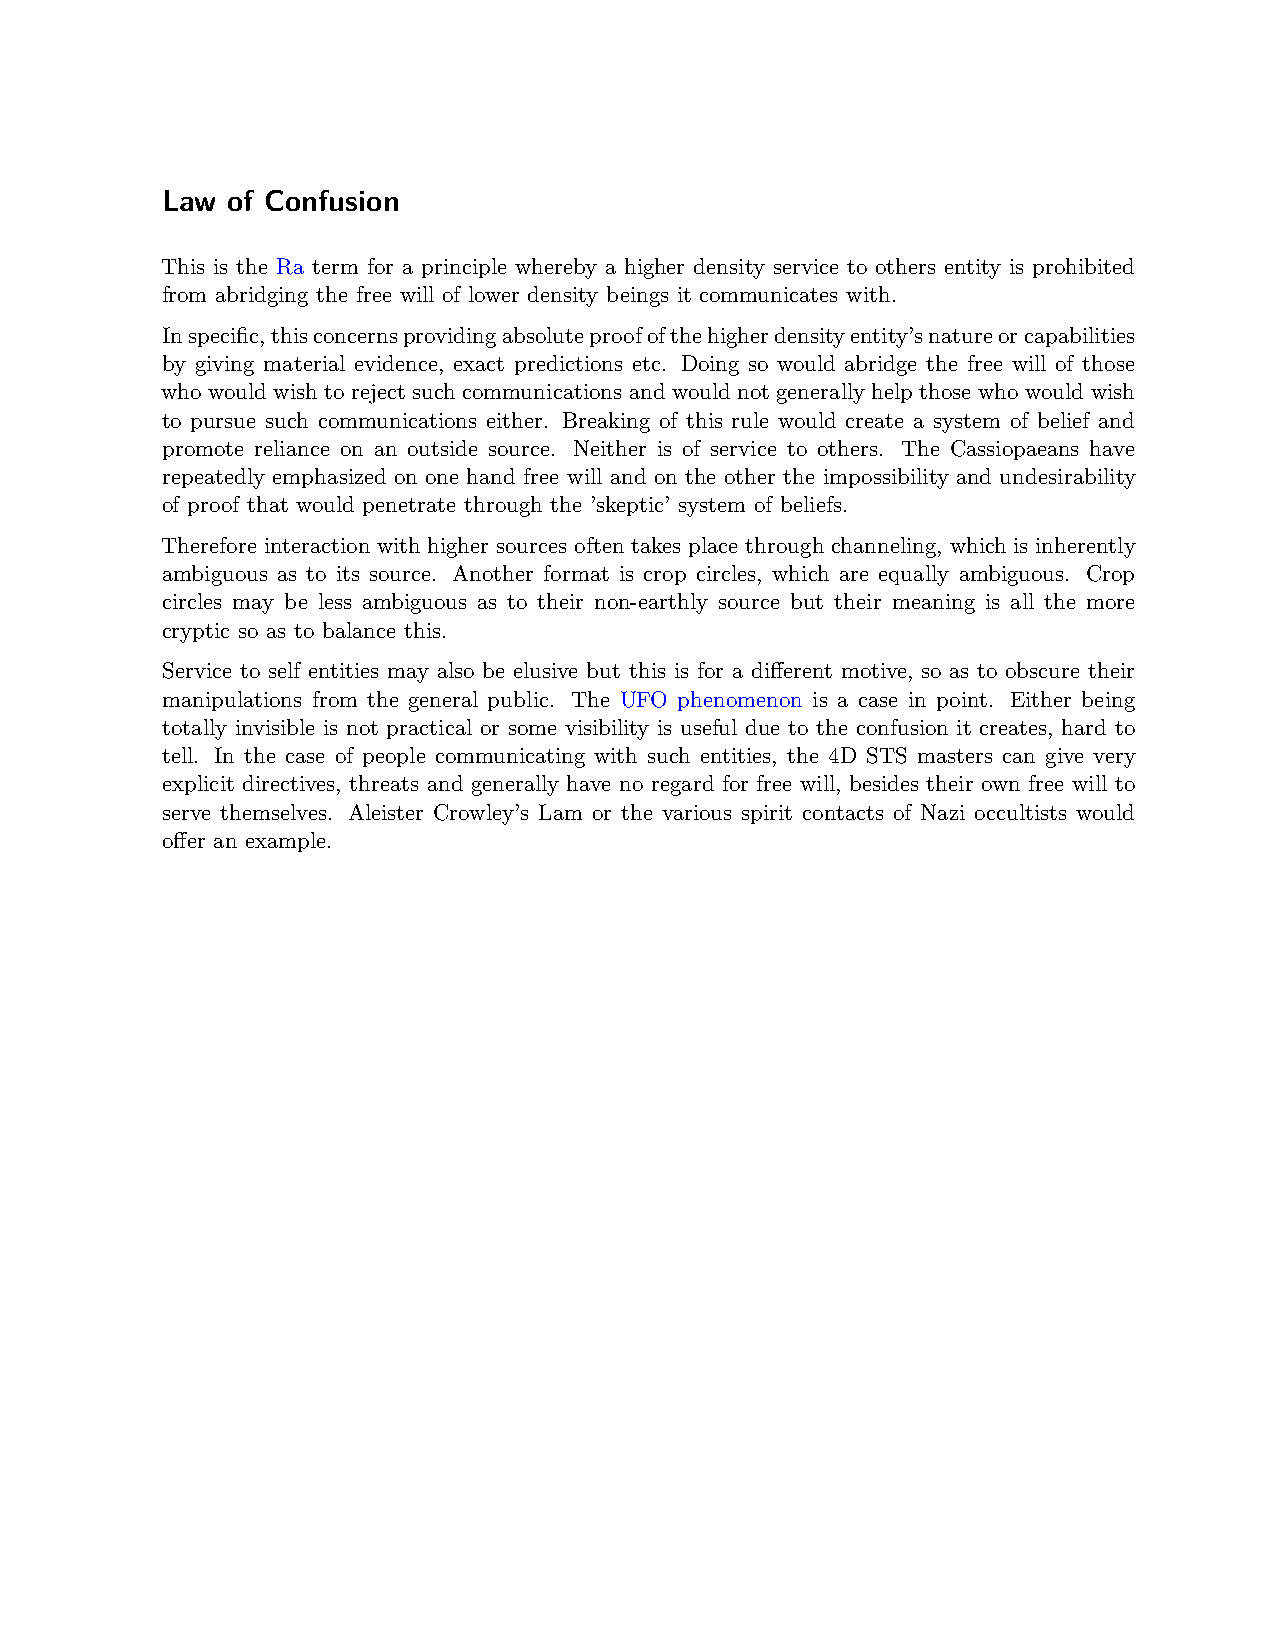
Law of Confusion
 This is the Ra term for a principle whereby a higher density service to others entity is prohibited
 from abridging the free will of lower density beings it communicates with.
 Inspecific,thisconcernsprovidingabsoluteproofofthehigherdensityentity’snatureorcapabilities
 by giving material evidence, exact predictions etc. Doing so would abridge the free will of those
 who would wish to reject such communications and would not generally help those who would wish
 to pursue such communications either. Breaking of this rule would create a system of belief and
 promote reliance on an outside source. Neither is of service to others. The Cassiopaeans have
 repeatedly emphasized on one hand free will and on the other the impossibility and undesirability
 of proof that would penetrate through the ’skeptic’ system of beliefs.
 Therefore interaction with higher sources often takes place through channeling, which is inherently
 ambiguous as to its source. Another format is crop circles, which are equally ambiguous. Crop
 circles may be less ambiguous as to their non-earthly source but their meaning is all the more
 cryptic so as to balance this.
 Service to self entities may also be elusive but this is for a different motive, so as to obscure their
 manipulations from the general public. The UFO phenomenon is a case in point. Either being
 totally invisible is not practical or some visibility is useful due to the confusion it creates, hard to
 tell. In the case of people communicating with such entities, the 4D STS masters can give very
 explicit directives, threats and generally have no regard for free will, besides their own free will to
 serve themselves. Aleister Crowley’s Lam or the various spirit contacts of Nazi occultists would
 offer an example.